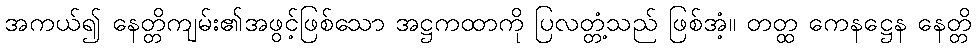
အကယ်၍ နေတ္တိကျမ်း၏အဖွင့်ဖြစ်သော အဋ္ဌကထာကို ပြလတ္တံ့သည် ဖြစ်အံ့။ တတ္ထ ကေနဋ္ဌေန နေတ္တိ